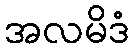
အလမိဒံ